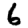
Digit: 6